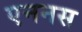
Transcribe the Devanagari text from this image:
एननस